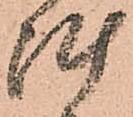
陣